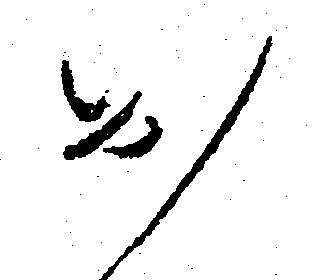
お